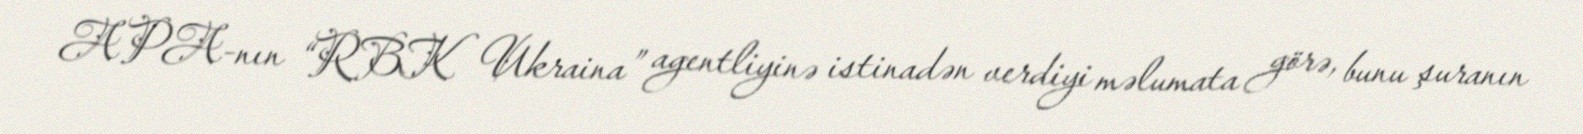
APA-nın “RBK Ukraina” agentliyinə istinadən verdiyi məlumata görə, bunu şuranın